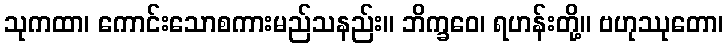
သုကထာ၊ ကောင်းသောစကားမည်သနည်း။ ဘိက္ခဝေ၊ ရဟန်းတို့။ ဗဟုဿုတော၊